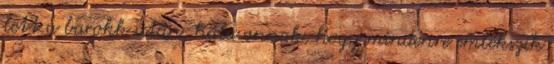
lett a barokk után, hála annak, hogy mindenre emlékszik